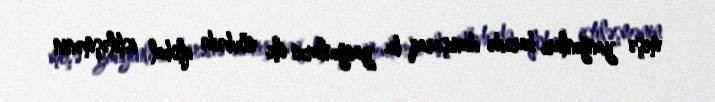
meşə yanğınları barədə danışaraq bu yanğınların ilk növbədə qlobal istiləşmənin